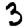
Digit: 3